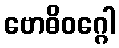
ဗောဓိဝဂ္ဂေါ